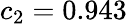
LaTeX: c_{2}=0.943